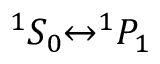
^ 1 S _ { 0 } { \leftrightarrow } ^ { 1 } P _ { 1 }